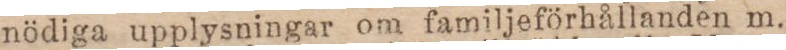
nödiga upplysningar om familjeförhållanden m.